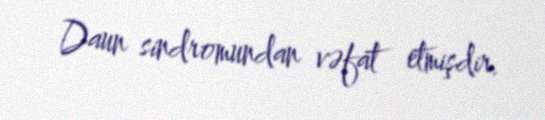
Daun sindromundan vəfat etmişdir.